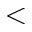
<